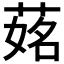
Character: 𦵎